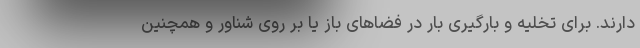
دارند. برای تخلیه و بارگیری بار در فضاهای باز یا بر روی شناور و همچنین